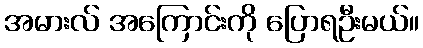
အမားလ် အကြောင်းကို ပြောရဦးမယ်။